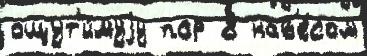
ощут'и́муjу пор 8 нав'е́сом